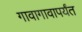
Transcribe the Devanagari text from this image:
गावागावापर्यंत